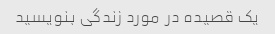
یک قصیده در مورد زندگی بنویسید